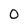
Character: O